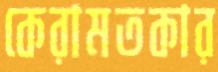
কেরামতকার